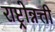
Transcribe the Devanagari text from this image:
राष्ट्रोन्नत्ती